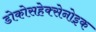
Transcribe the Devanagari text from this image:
डोकोसहेक्सेनोइक